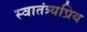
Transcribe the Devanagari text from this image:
स्वातंत्र्यप्रिय